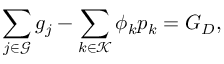
\sum _ { j \in \mathcal { G } } g _ { j } - \sum _ { k \in \mathcal { K } } \phi _ { k } p _ { k } = G _ { D } ,